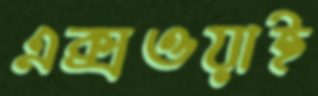
এক্সওয়াই